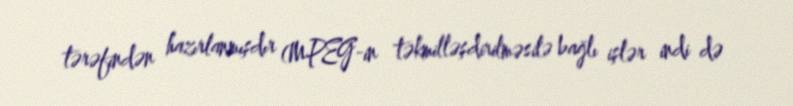
tərəfindən hazırlanmışdır (MPEG-in təkmilləşdirilməsilə bağlı işlər indi də